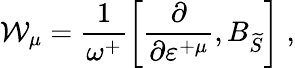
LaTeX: \mathcal{W}_{\mu}=\frac 1{\omega^{+}}\left[\frac\partial{\partial\varepsilon^{+\mu}},B_{\widetilde{S}}\right]\; ,